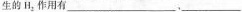
生的H_{2}作用有___ , ___